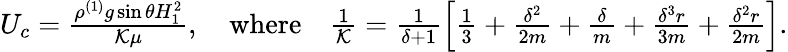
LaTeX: \begin{array}{r}{U_{c}=\frac{\rho^{(1)}g\sin\theta H_{1}^{2}}{\mathcal{K}\mu},\quad\textrm{where}\quad\frac{1}{\mathcal{K}}=\frac{1}{\delta+1}\left[\frac{1}{3}+\frac{\delta^{2}}{2m}+\frac{\delta}{m}+\frac{\delta^{3}r}{3m}+\frac{\delta^{2}r}{2m}\right].}\end{array}